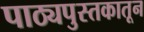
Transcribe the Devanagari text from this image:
पाठ्यपुस्तकातून